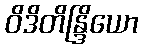
ဝိဒိတိန္ဒြိယော